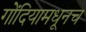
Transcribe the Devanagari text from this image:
गोंदियामधूनच